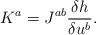
LaTeX: \begin{align*}K^a = J^{ab} \frac{\delta h}{\delta u^b}. \end{align*}